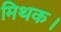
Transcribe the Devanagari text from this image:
मिथक।